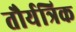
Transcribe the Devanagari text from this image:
तौर्यत्रिक